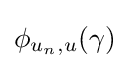
\phi _{u_{n},u}(\gamma )